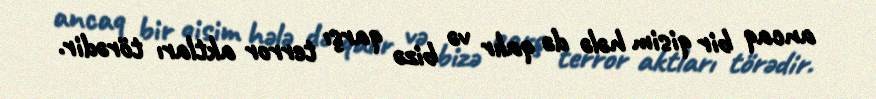
ancaq bir qisim hələ də qalır və bizə qarşı terror aktları törədir.